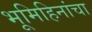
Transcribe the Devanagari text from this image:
भूमिहिनांचा